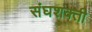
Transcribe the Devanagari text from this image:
संघशक्ती